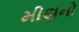
મીણનો